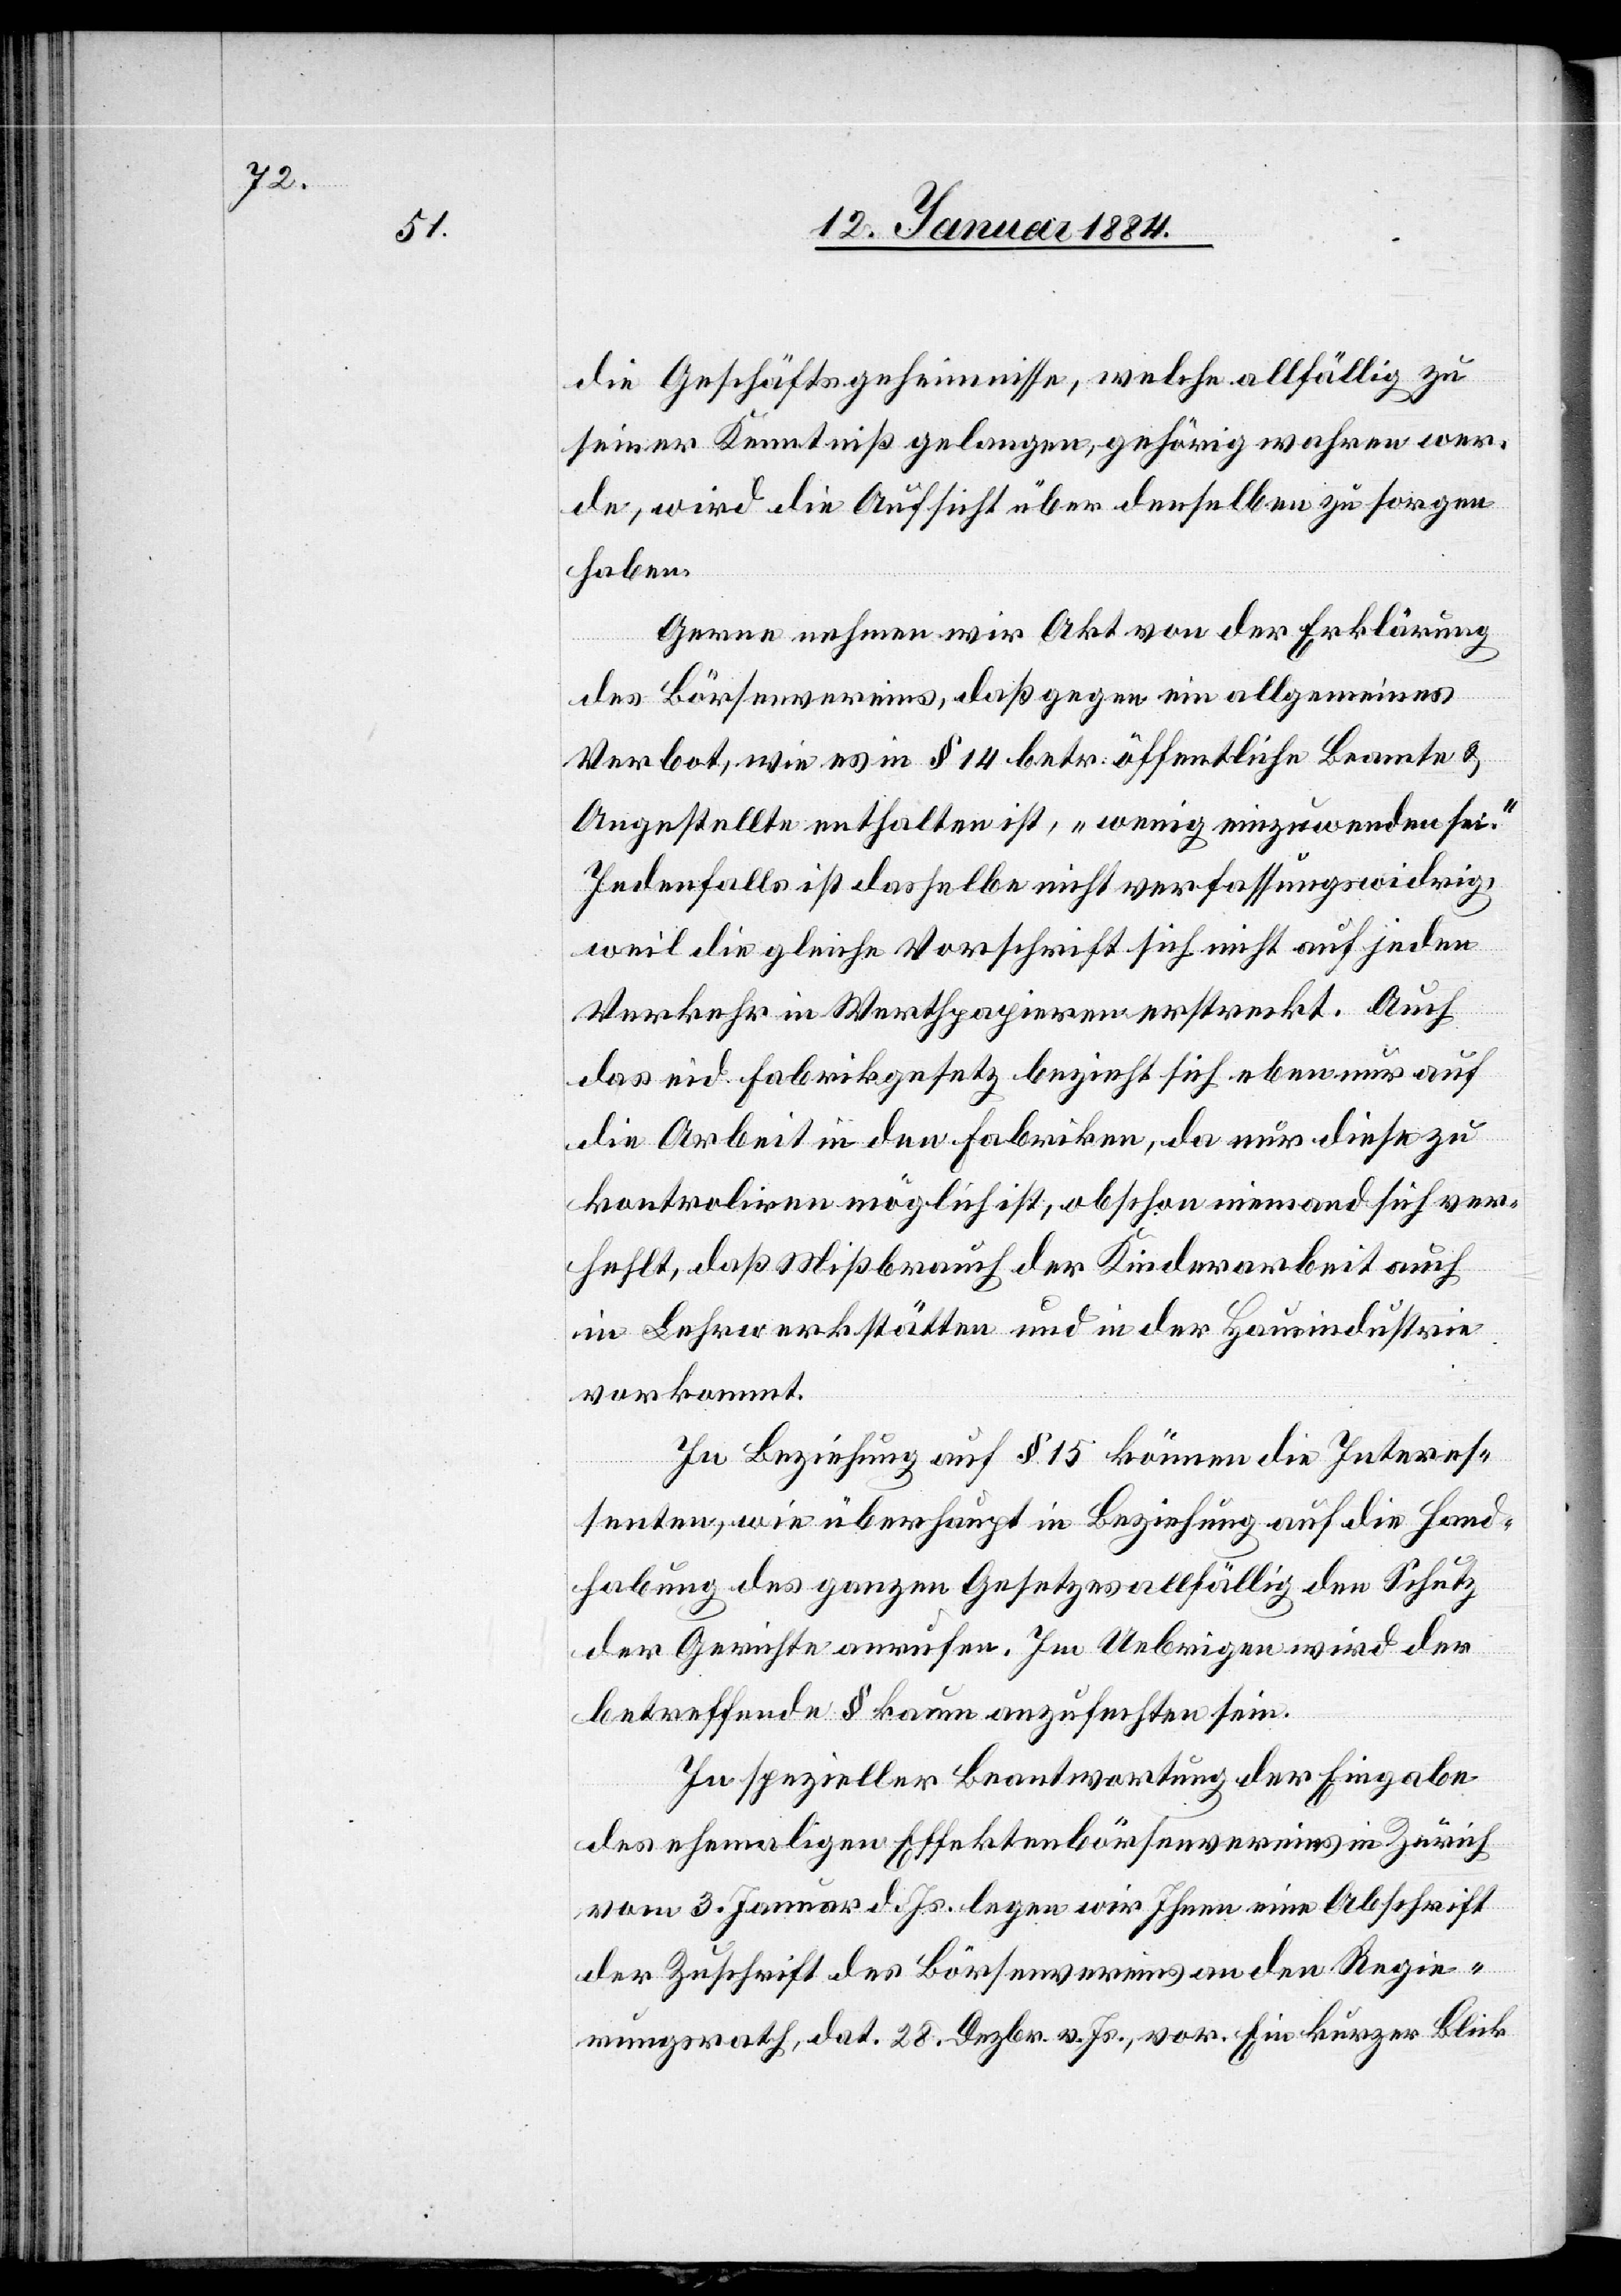
die Geschäftsgeheimnisse, welche allfällig zu
seiner Kenntniß gelangen, gehörig wahren wer¬
de, wird die Aufsicht über denselben zu sorgen
haben.
Gerne nehmen wir Akt von der Erklärung
des Börsenvereins, daß gegen ein Allgemeines
Verbot, wie es in § 14 betr. öffentliche Beamte &
Angestellte enthalten ist, „Wenig einzuwenden sei.“
Jedenfalls ist dasselbe nicht verfassungswidrig,
weil die gleiche Vorschrift sich nicht auf jeden
Verkehr in Werthpapieren erstreckt. Auch
das eid. Fabrikgesetz bezieht sich eben nur auf
die Arbeit in den Fabriken, da nur diese zu
kontroliren möglich ist, obschon niemand sich ver¬
fehlt, daß Mißbrauch der Kinderarbeit auch
in Lehrwerkstätten und in der Hausindustrie
vorkommt.
In Beziehung auf § 15 können die Interes¬
senten, wie überhaupt in Beziehung auf die Hand¬
habung des ganzen Gesetzes allfällig den Schutz
der Gerichte anrufen. Im Uebrigen wird der
betreffende § kaum anzufechten sein.
In spezieller Beantwortung der Eingabe
des ehemaligen Effektenbörsenvereins in Zürich
vom 3. Januar d. Js. legen wir Ihnen eine Abschrift
der Zuschrift des Börsenvereines an den Regie¬
rungsrath, dat. 28. Dezbr. v. Js., vor. Ein kurzer Blick